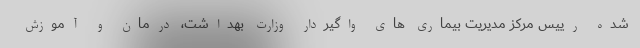
شده رییس مرکز مدیریت بیماری های واگیردار وزارت بهداشت، درمان و آموزش